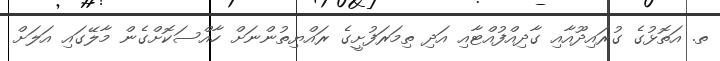
ތ. އަތޮޅުގެ ގުރައިދޫއާއި ގާދިއްފުއްޓާއި އަދި ތިމަރަފުށީގެ ރައްޔިތުންނަށް ހާއްސަކޮށްގެން މާލޭގައި އަލަށް